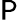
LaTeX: \P